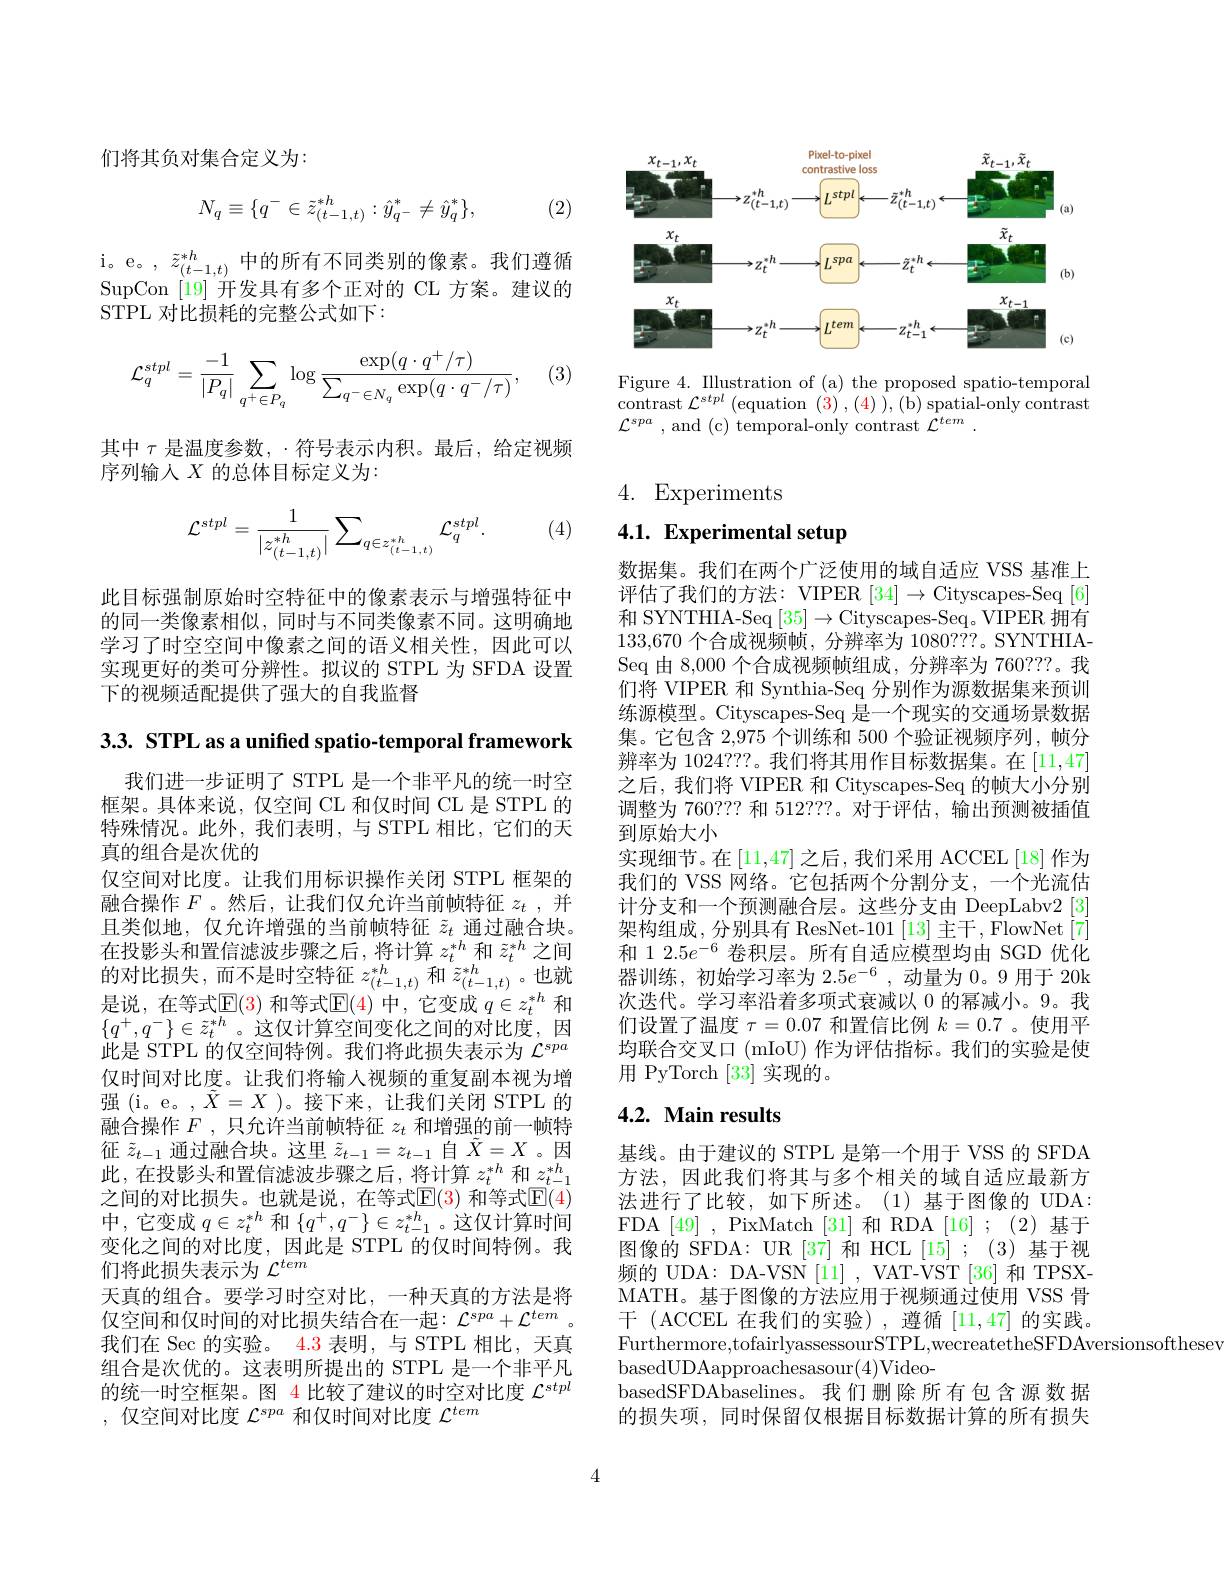
们将其负对集合定义为：

(2)
$$N_q\equiv\{q^-\in\tilde{z}_{(t-1,t)}^{*h}:\hat{y}_{q^-}^*\neq\hat{y}_q^*\},$$
$\begin{array}{l}\mathrm{i。e。,~}\tilde{z}_{(t-1,t)}^{*h}\text{中的所有不同类别的像素。我们遵循}\\\mathrm{SupCon~[19]~开发具有多个正对的~CL~方案。建议的}\end{array}$
STPL 对比损耗的完整公式如下：

(3)
$$\mathcal{L}_q^{stpl}=\dfrac{-1}{|P_q|}\sum_{q^+\in P_q}\log\dfrac{\exp(q\cdot q^+/\tau)}{\sum_{q^-\in N_q}\exp(q\cdot q^-/\tau)},$$
其中$\tau$是温度参数，·符号表示内积。最后，给定视频
序列输入$X$的总体目标定义为：

(4)
$$\mathcal{L}^{stpl}=\frac{1}{|z_{(t-1,t)}^{*h}|}\sum_{q\in z_{(t-1,t)}^{*h}}\mathcal{L}_{q}^{stpl}.$$
此目标强制原始时空特征中的像素表示与增强特征中的同一类像素相似，同时与不同类像素不同。这明确地学习了时空空间中像素之间的语义相关性，因此可以实现更好的类可分辨性。拟议的 STPL 为 SFDA 设置下的视频适配提供了强大的自我监督

3.3. STPL as a unified spatio-temporal framework

我们进一步证明了 STPL 是一个非平凡的统一时空框架。具体来说，仅空间 CL 和仅时间 CL 是 STPL 的特殊情况。此外，我们表明，与 STPL 相比，它们的天真的组合是次优的
仅空间对比度。让我们用标识操作关闭 STPL 框架的融合操作$F$ 。然后，让我们仅允许当前帧特征$z_t$ , 并且类似地，仅允许增强的当前帧特征$\tilde{z}_t$通过融合块。在投影头和置信滤波步骤之后，将计算$z_t^{*h}$和$\tilde{z}_t^{*h}$之间的对比损失，而不是时空特征$z_{(t-1,t)}^{*h}$和$\tilde{z}_{(t-1,t)}^{*h}$。也就是说，在等式$\mathbb{E}(3)$ 和等式$\mathbb{E}(4)$ 中，它变成 $q\in z_t^{*h}$ 和$\{q^+,q^-\}\in\tilde{z}_t^{*h}$。这仅计算空间变化之间的对比度，因此是 STPL 的仅空间特例。我们将此损失表示为$\mathcal{L}^{spa}$ 仅时间对比度。让我们将输人视频的重复副本视为增强(i。e。,$\tilde{X}=X)。接下来，让我们关闭 STPL 的$ 融合操作$F$ ,只允许当前帧特征$z_t$和增强的前一帧特征$\tilde{z}_{t-1}$通过融合块。这里$\tilde{z}_{t-1}=z_{t-1}$自$\tilde{X}=X$ 。因此，在投影头和置信滤波步骤之后，将计算$z_t^{*h}$和$z_{t-1}^{*h}$ 之间的对比损失。也就是说，在等式$\mathbb{E}(3)$ 和等式$\mathbb{E}(4)$ 中，它变成$q\in z_t^{*h}$和$\{q^+,q^-\}\in z_{t-1}^{*h}$。这仅计算时间变化之间的对比度，因此是 STPL 的仅时间特例。我们将此损失表示为$\mathcal{L}^tem$
天真的组合。要学习时空对比，一种天真的方法是将仅空间和仅时间的对比损失结合在一起：$\mathcal{L}^{spa}+\mathcal{L}^{tem}$。我们在 Sec 的实验。4.3 表明，与 STPL 相比，天真组合是次优的。这表明所提出的 STPL 是一个非平凡的统一时空框架。图 4 比较了建议的时空对比度$\mathcal{L}^stpl$ ,仅空间对比度$\mathcal{L}^spa$和仅时间对比度$\mathcal{L}^tem$

<FigureHere>

Figure 4. Illustration of (a) the proposed spatio-temporal contrast $\mathcal{L}^{stpl}\left(\mathrm{equation~(3)~,~(4)~),~(b)~spatial-only~contrast}\right.$ $\mathcal{L} ^{spa}$ , and (c) temporal-only contrast $\mathcal{L} ^tem$ .

4. Experiments

## 4.1. Experimental setup

数据集。我们在两个广泛使用的域自适应 VSS 基准上评估了我们的方法：VIPER $[34]\to$Cityscapes-Seq [6] 和 SYNTHIA-Seq [35]→Cityscapes-Seq。VIPER 拥有133,670个合成视频帧，分辨率为 1080???。SYNTHIASeq 由 8,000 个合成视频帧组成，分辨率为 760???。我们将 VIPER 和 Synthia-Seq 分别作为源数据集来预训练源模型。Cityscapes-Seq 是一个现实的交通场景数据集。它包含 2,975 个训练和 500 个验证视频序列，帧分辨率为 1024???。我们将其用作目标数据集。在[11,47] 之后，我们将 VIPER 和 Cityscapes-Seq 的帧大小分别调整为 760??? 和 512???。对于评估，输出预测被插值到原始大小
实现细节。在[11,47] 之后，我们采用 ACCEL[18]作为我们的 VSS 网络。它包括两个分割分支，一个光流估计分支和一个预测融合层。这些分支由 DeepLabv2 [3] 架构组成，分别具有 ResNet-101[13] 主干，FlowNet[7] 和 1 2.5$e^-6$卷积层。所有自适应模型均由 SGD 优化器训练，初始学习率为$2.5e^-6$ ,动量为0。9 用于 20k 次迭代。学习率沿着多项式衰减以 0 的幂减小。9。我们设置了温度$\tau=0.07$和置信比例$k=0.7$ 。使用平均联合交叉口 (mIoU) 作为评估指标。我们的实验是使用 PyTorch [33]实现的。

## 4.2. Main results

基线。由于建议的 STPL 是第一个用于 VSS 的 SFDA 方法，因此我们将其与多个相关的域自适应最新方法进行了比较，如下所述。(1)基于图像的 UDA: FDA [49] , PixMatch [31]和 RDA [16] ;(2)基于图像的 SFDA: UR [37] 和 HCL [15] ;(3)基于视频的 UDA: DA-VSN [11] , VAT-VST [36] 和 TPSXMATH。基于图像的方法应用于视频通过使用 VSS 骨${\text{干 (ACCEL 在我们的实验),遵循[11,47]}}$的实践。Furthermore,tofairlyassessourSTPL,wecreatetheSFDAversionsofthesev
basedUDAapproachesasour(4)Video-
basedSFDAbaselines。我们删除所有包含源数据的损失项，同时保留仅根据目标数据计算的所有损失

4